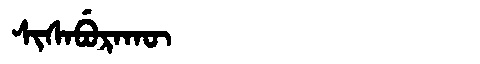
Manchu: ᠰᡳᠰᠠᠪᡠᡵᠠᡴᡡ
Romanization: SISABURAKŪ